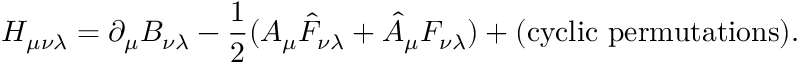
H _ { \mu \nu \lambda } = \partial _ { \mu } B _ { \nu \lambda } - { \frac { 1 } { 2 } } ( A _ { \mu } \hat { F } _ { \nu \lambda } + \hat { A } _ { \mu } F _ { \nu \lambda } ) + ( \mathrm { c y c l i c \ p e r m u t a t i o n s } ) .